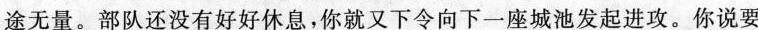
途无量。部队还没有好好休息，你就又下令向下一座城池发起进攻。你说要